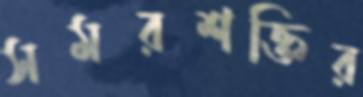
সমরশক্তির